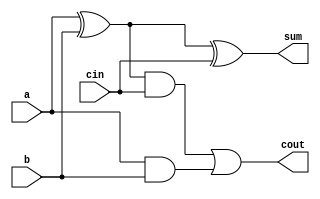
module full_adder_1bit(cout, sum, a, b, cin) ;

input a, b, cin;

output sum, cout;
wire w1, w2, w3;

assign w1 = a^b;
assign w2 = w1 & cin;
assign w3 = a & b;
assign sum = w1 ^ cin;
assign cout = w2 | w3;

endmodule